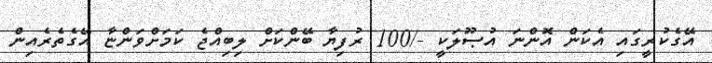
އޭގެކުރީގައި އެކަން އޮންނަ އުޞޫލަކީ -/100 ރުފިޔާ ބޭންކަށް ލިބިއްޖެ ކަމަށްވަންޏާ އޭގެތެރެއިން